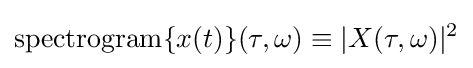
\operatorname {spectrogram} \{x(t)\}(\tau ,\omega )\equiv |X(\tau ,\omega )|^{2}